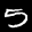
Label: 5